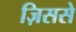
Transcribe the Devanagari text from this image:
ज़िससे